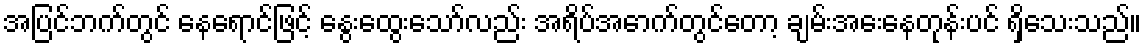
အပြင်ဘက်တွင် နေရောင်ဖြင့် နွေးထွေးသော်လည်း အရိပ်အောက်တွင်တော့ ချမ်းအေးနေတုန်းပင် ရှိသေးသည်။